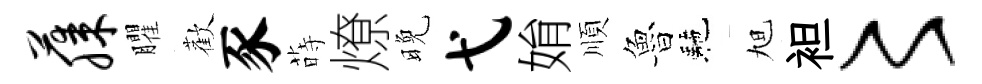
藤臞歡豕蒔燎晚弋姢順魯駰旭袒〻